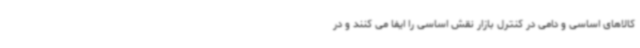
کالاهای اساسی و دامی در کنترل بازار نقش اساسی را ایفا می کنند و در